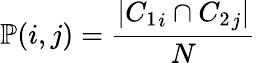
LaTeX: \mathbb{P}(i,j)=\frac{|{C_{1}}_{i}\cap{C_{2}}_{j}|}{N}